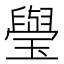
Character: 㼂